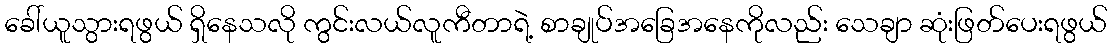
ခေါ်ယူသွားရဖွယ် ရှိနေသလို ကွင်းလယ်လူကီတာရဲ့ စာချုပ်အခြေအနေကိုလည်း သေချာ ဆုံးဖြတ်ပေးရဖွယ်